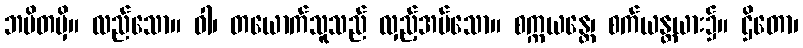
ဘမိတမှိ။ လည်သော။ ဝါ၊ တယောက်သူသည် လှည့်အပ်သော။ စက္ကယန္တေ၊ စက်ယန္တယား၌။ ဌိတော၊